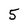
Character: 5